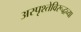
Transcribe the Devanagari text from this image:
अस्पृश्तेविरूद्धच्या